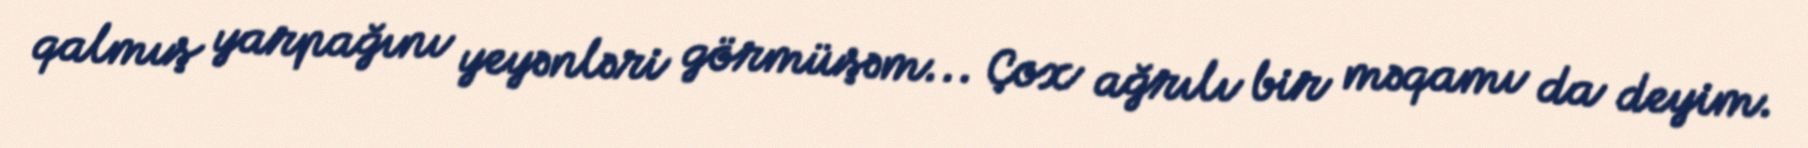
qalmış yarpağını yeyənləri görmüşəm... Çox ağrılı bir məqamı da deyim.